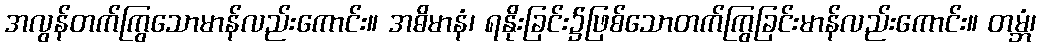
အလွန်တက်ကြွသောမာန်လည်းကောင်း။ အဓိမာနံ၊ ရနိုးခြင်း၌ဖြစ်သောတက်ကြွခြင်းမာန်လည်းကောင်း။ တမ္ဘံ၊